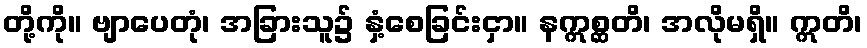
တို့ကို။ ဗျာပေတုံ၊ အခြားသူ၌ နှံ့စေခြင်းငှာ။ နဣစ္ဆတိ၊ အလိုမရှိ။ ဣတိ၊